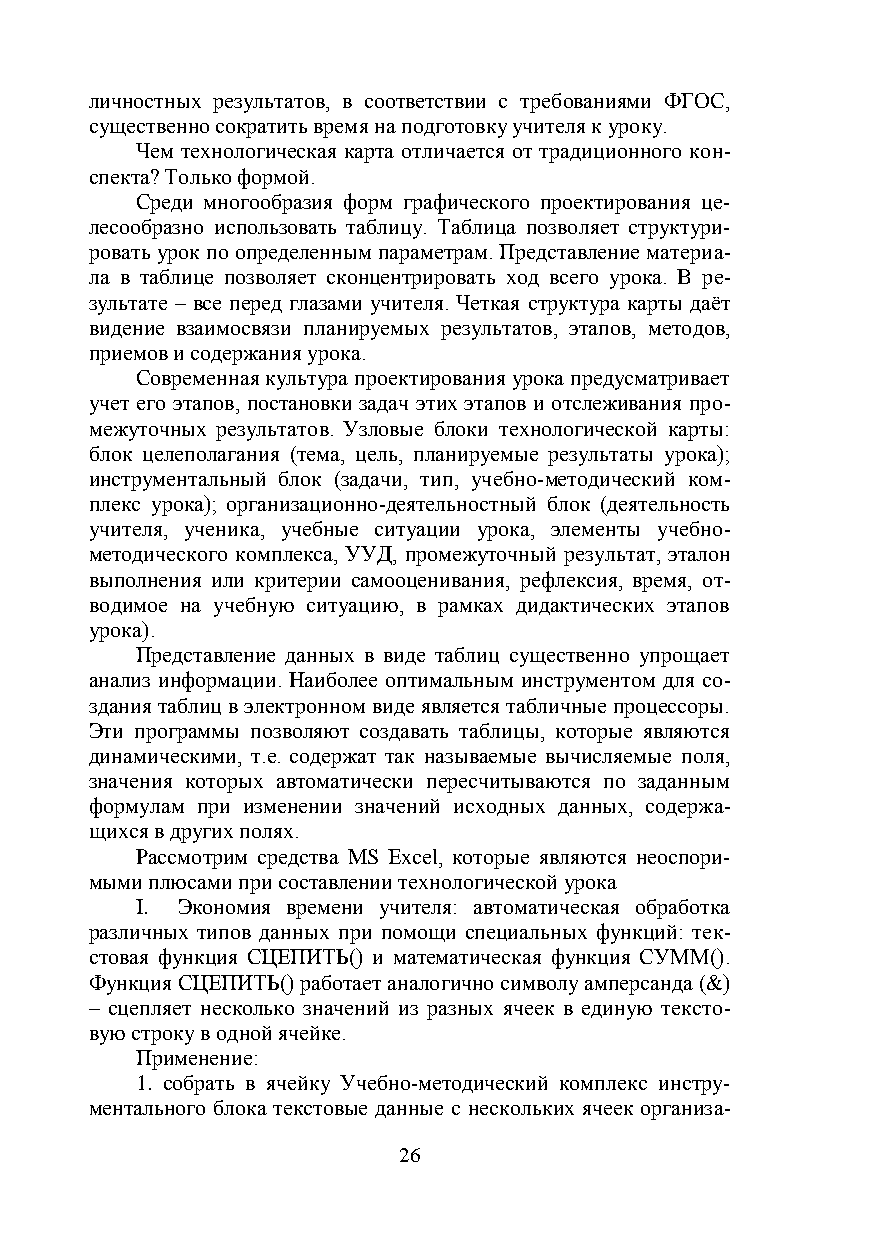
личностных результатов, в соответствии с требованиями ФГОС,
 существенно сократить время на подготовку учителя к уроку.
 Чем технологическая карта отличается от традиционного кон-
 спекта? Только формой.
 Среди многообразия форм графического проектирования це-
 лесообразно использовать таблицу. Таблица позволяет структури-
 ровать урок по определенным параметрам. Представление материа-
 ла в таблице позволяет сконцентрировать ход всего урока. В ре-
 зультате – все перед глазами учителя. Четкая структура карты даёт
 видение взаимосвязи планируемых результатов, этапов, методов,
 приемов и содержания урока.
 Современная культура проектирования урока предусматривает
 учет его этапов, постановки задач этих этапов и отслеживания про-
 межуточных результатов. Узловые блоки технологической карты:
 блок целеполагания (тема, цель, планируемые результаты урока);
 инструментальный блок (задачи, тип, учебно-методический ком-
 плекс урока); организационно-деятельностный блок (деятельность
 учителя, ученика, учебные ситуации урока, элементы учебно-
 методического комплекса, УУД, промежуточный результат, эталон
 выполнения или критерии самооценивания, рефлексия, время, от-
 водимое на учебную ситуацию, в рамках дидактических этапов
 урока).
 Представление данных в виде таблиц существенно упрощает
 анализ информации. Наиболее оптимальным инструментом для со-
 здания таблиц в электронном виде является табличные процессоры.
 Эти программы позволяют создавать таблицы, которые являются
 динамическими, т.е. содержат так называемые вычисляемые поля,
 значения которых автоматически пересчитываются по заданным
 формулам при изменении значений исходных данных, содержа-
 щихся в других полях.
 Рассмотрим средства MS Excel, которые являются неоспори-
 мыми плюсами при составлении технологической урока
 I. Экономия времени учителя: автоматическая обработка
 различных типов данных при помощи специальных функций: тек-
 стовая функция СЦЕПИТЬ() и математическая функция СУММ().
 Функция СЦЕПИТЬ() работает аналогично символу амперсанда (&)
 – сцепляет несколько значений из разных ячеек в единую тексто-
 вую строку в одной ячейке.
 Применение:
 1. собрать в ячейку Учебно-методический комплекс инстру-
 ментального блока текстовые данные с нескольких ячеек организа-
 26